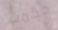
حكمت